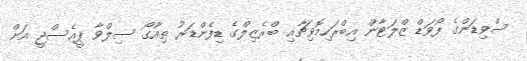
ސްވިޑަންގެ ފޯވަޑް ޒްލަޓާން އިބްރަހިމޮވިޗާއި ބްރެޒިލްގެ ޑިފެންޑަރު ތިއާގޯ ސިލްވާ ޕީއެސްޖީ އަށް